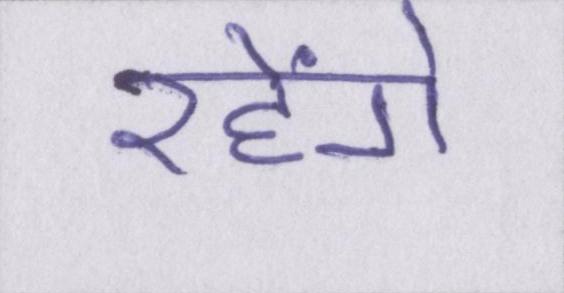
रहेंगे